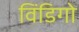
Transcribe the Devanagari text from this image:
विंडिगो